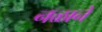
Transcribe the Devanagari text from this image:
नळानें